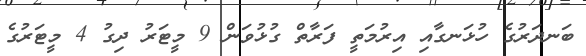
ބަނދަރުގެ ހުޅަނގާއި އިރުމަތީ ފަރާތް ގުޅުވަން 9 މީޓަރު ދިގު 4 މީޓަރުގެ